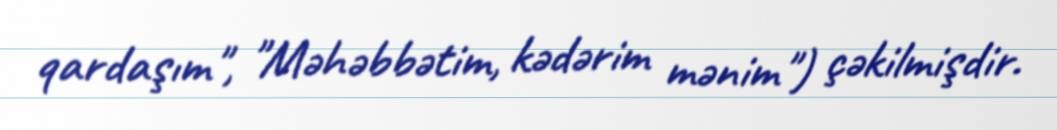
qardaşım", "Məhəbbətim, kədərim mənim") çəkilmişdir.